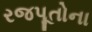
રજપૂતોના